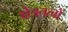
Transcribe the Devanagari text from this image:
क्षेत्रतत्वों